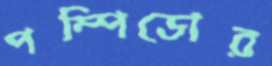
পম্পিডোর